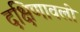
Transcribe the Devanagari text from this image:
दक्षिणावली